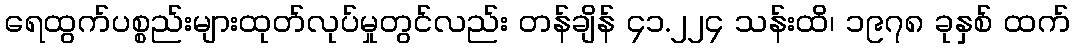
ရေထွက်ပစ္စည်းများထုတ်လုပ်မှုတွင်လည်း တန်ချိန် ၄၁.၂၂၄ သန်းထိ၊ ၁၉၇၈ ခုနှစ် ထက်